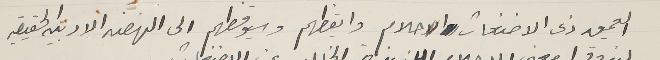
العميق ذى الاضغاث والاحلام وايقظهم وسيوقظهم الى النهضه الادبيه الحقيقيه